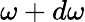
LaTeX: \omega+d\omega